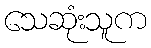
သေဆုံးသူက